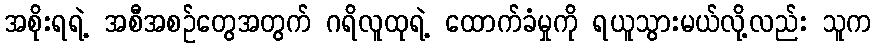
အစိုးရရဲ့ အစီအစဉ်တွေအတွက် ဂရိလူထုရဲ့ ထောက်ခံမှုကို ရယူသွားမယ်လို့လည်း သူက